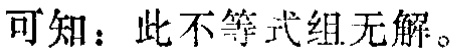
可知：此不等式组无解。